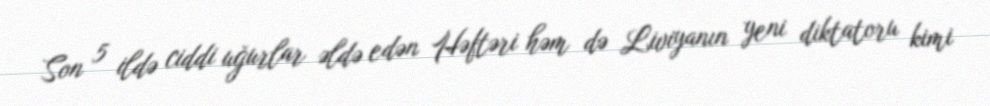
Son 5 ildə ciddi uğurlar əldə edən Həftəri həm də Liviyanın yeni diktatoru kimi